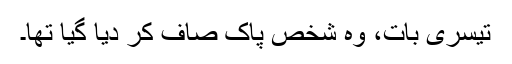
تیسری بات، وہ شخص پاک صاف کر دیا گیا تھا۔